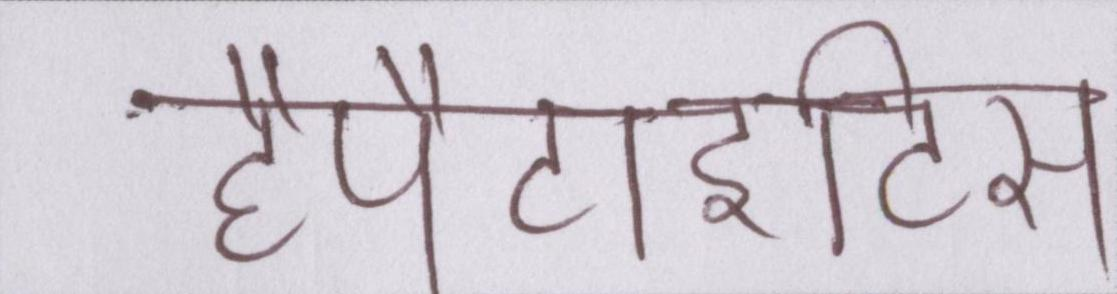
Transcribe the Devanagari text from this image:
हैपैटाइटिस